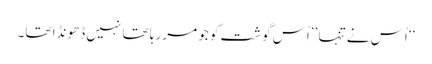
‘‘ اُس نے تنہا ’’اُس گوشت کو جو مر رہا تھا نہیں ڈھونڈا تھا۔